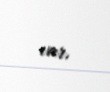
var.